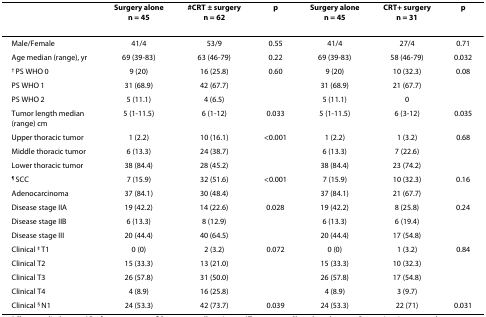
<table><thead><tr><td></td><td><b>Surgery alonen = 45</b></td><td><b><sup>#</sup>CRT ± surgeryn = 62</b></td><td><b>p</b></td><td><b>Surgery alonen = 45</b></td><td><b>CRT+ surgeryn = 31</b></td><td><b>p</b></td></tr></thead><tbody><tr><td>Male/Female</td><td>41/4</td><td>53/9</td><td>0.55</td><td>41/4</td><td>27/4</td><td>0.71</td></tr><tr><td>Age median (range), yr</td><td>69 (39-83)</td><td>63 (46-79)</td><td>0.22</td><td>69 (39-83)</td><td>58 (46-79)</td><td>0.032</td></tr><tr><td><sup>† </sup>PS WHO 0</td><td>9 (20)</td><td>16 (25.8)</td><td>0.60</td><td>9 (20)</td><td>10 (32.3)</td><td>0.08</td></tr><tr><td>PS WHO 1</td><td>31 (68.9)</td><td>42 (67.7)</td><td></td><td>31 (68.9)</td><td>21 (67.7)</td><td></td></tr><tr><td>PS WHO 2</td><td>5 (11.1)</td><td>4 (6.5)</td><td></td><td>5 (11.1)</td><td>0</td><td></td></tr><tr><td>Tumor length median (range) cm</td><td>5 (1-11.5)</td><td>6 (1-12)</td><td>0.033</td><td>5 (1-11.5)</td><td>6 (3-12)</td><td>0.035</td></tr><tr><td>Upper thoracic tumor</td><td>1 (2.2)</td><td>10 (16.1)</td><td>&lt;0.001</td><td>1 (2.2)</td><td>1 (3.2)</td><td>0.68</td></tr><tr><td>Middle thoracic tumor</td><td>6 (13.3)</td><td>24 (38.7)</td><td></td><td>6 (13.3)</td><td>7 (22.6)</td><td></td></tr><tr><td>Lower thoracic tumor</td><td>38 (84.4)</td><td>28 (45.2)</td><td></td><td>38 (84.4)</td><td>23 (74.2)</td><td></td></tr><tr><td><sup>¶ </sup>SCC</td><td>7 (15.9)</td><td>32 (51.6)</td><td>&lt;0.001</td><td>7 (15.9)</td><td>10 (32.3)</td><td>0.16</td></tr><tr><td>Adenocarcinoma</td><td>37 (84.1)</td><td>30 (48.4)</td><td></td><td>37 (84.1)</td><td>21 (67.7)</td><td></td></tr><tr><td>Disease stage IIA</td><td>19 (42.2)</td><td>14 (22.6)</td><td>0.028</td><td>19 (42.2)</td><td>8 (25.8)</td><td>0.24</td></tr><tr><td>Disease stage IIB</td><td>6 (13.3)</td><td>8 (12.9)</td><td></td><td>6 (13.3)</td><td>6 (19.4)</td><td></td></tr><tr><td>Disease stage III</td><td>20 (44.4)</td><td>40 (64.5)</td><td></td><td>20 (44.4)</td><td>17 (54.8)</td><td></td></tr><tr><td>Clinical <sup>‡ </sup>T1</td><td>0 (0)</td><td>2 (3.2)</td><td>0.072</td><td>0 (0)</td><td>1 (3.2)</td><td>0.84</td></tr><tr><td>Clinical T2</td><td>15 (33.3)</td><td>13 (21.0)</td><td></td><td>15 (33.3)</td><td>10 (32.3)</td><td></td></tr><tr><td>Clinical T3</td><td>26 (57.8)</td><td>31 (50.0)</td><td></td><td>26 (57.8)</td><td>17 (54.8)</td><td></td></tr><tr><td>Clinical T4</td><td>4 (8.9)</td><td>16 (25.8)</td><td></td><td>4 (8.9)</td><td>3 (9.7)</td><td></td></tr><tr><td>Clinical <sup>§ </sup>N1</td><td>24 (53.3)</td><td>42 (73.7)</td><td>0.039</td><td>24 (53.3)</td><td>22 (71)</td><td>0.031</td></tr></tbody></table>